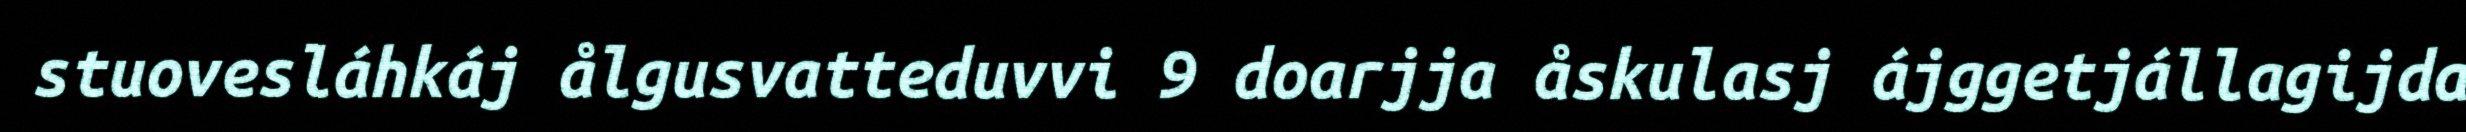
stuovesláhkáj ålgusvatteduvvi 9 doarjja åskulasj ájggetjállagijda